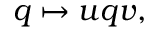
q \mapsto u q v ,